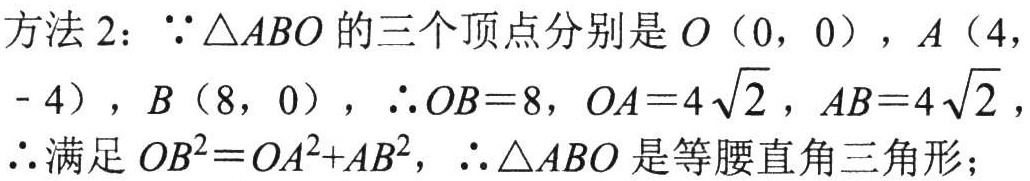
方法 2：\(\because\triangle ABO\) 的三个顶点分别是 \(O(0,0)\)，\(A(4, - 4)\)，\(B(8,0)\)，\(\therefore OB = 8\)，\(OA = 4\sqrt{2}\)，\(AB = 4\sqrt{2}\)，\(\therefore\)满足 \(OB^{2}=OA^{2}+AB^{2}\)，\(\therefore\triangle ABO\) 是等腰直角三角形；